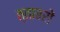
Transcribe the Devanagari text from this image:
त्ताबरों